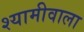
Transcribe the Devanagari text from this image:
श्यामीवाला